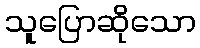
သူပြောဆိုသော